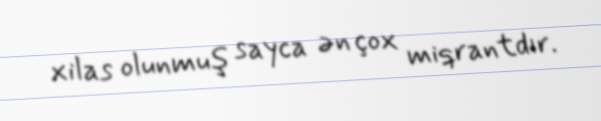
xilas olunmuş sayca ən çox miqrantdır.